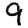
Digit: 9